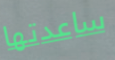
ساعدتها